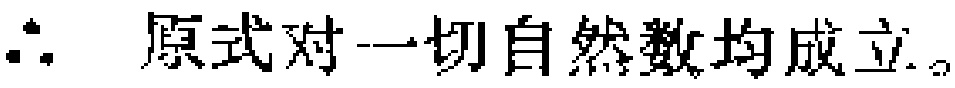
\(\therefore\) 原式对一切自然数均成立。